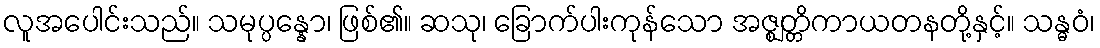
လူအပေါင်းသည်။ သမုပ္ပန္နော၊ ဖြစ်၏။ ဆသု၊ ခြောက်ပါးကုန်သော အဇ္ဈတ္တိကာယတနတို့နှင့်။ သန္ဓဝံ၊